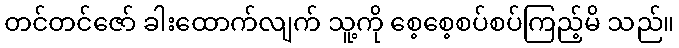
တင်တင်ဇော် ခါးထောက်လျက် သူ့ကို စေ့စေ့စပ်စပ်ကြည့်မိ သည်။